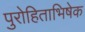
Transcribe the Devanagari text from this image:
पुरोहिताभिषेक